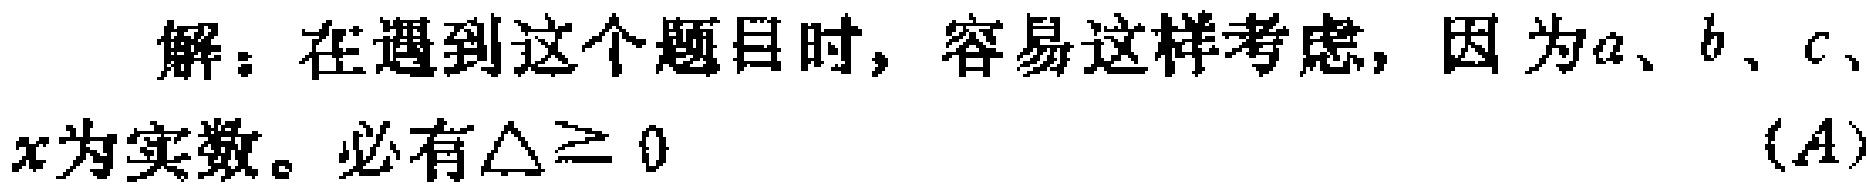
解：在遇到这个题目时，容易这样考虑，因为\(a、b、c、x\)为实数。必有\(\Delta\geq 0\)  \((A)\)